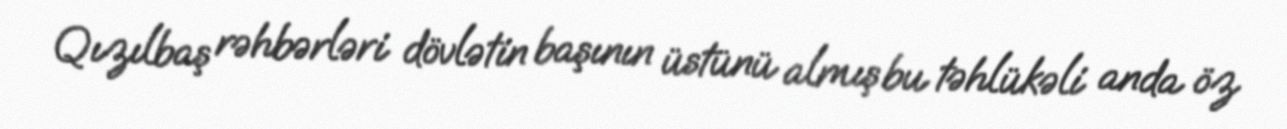
Qızılbaş rəhbərləri dövlətin başının üstünü almış bu təhlükəli anda öz